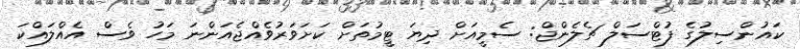
ކައުންސިލުގެ ފުޓްސަލް ޗެލެންޖް: ސެމީއަށް ދިޔަ ޓީމުތަށް ކަށަވަރުވެއްޖެއަންނަ މަހު ވެސް އެއްލައްކަ